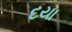
દયા